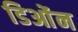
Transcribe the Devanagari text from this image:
डिओंन